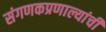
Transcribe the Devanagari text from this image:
संगणकप्रणाल्यांची